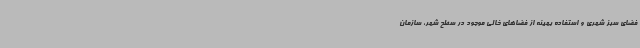
فضای سبز شهری و استفاده بهینه از فضاهای خالی موجود در سطح شهر، سازمان